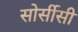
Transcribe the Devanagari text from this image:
सोर्सीसी